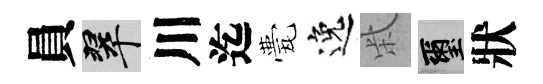
員翠川迄甍逸柴璽狀